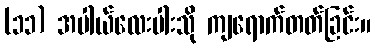
(၁၁) အပါယ်လေးပါးသို ကျရောက်တတ်ခြင်း။